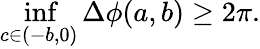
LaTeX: \operatorname*{inf}_{c\in(-b,0)}\Delta\phi(a,b)\geq 2\pi.